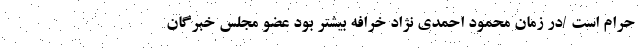
حرام است /در زمان محمود احمدی نژاد خرافه بیشتر بود عضو مجلس خبرگان